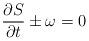
LaTeX: \begin{align*}\frac{\partial S}{ \partial t} \pm \omega =0\end{align*}